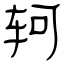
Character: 轲